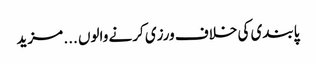
پابندی کی خلاف ورزی کرنے والوں ... مزید